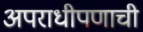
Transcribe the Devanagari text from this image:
अपराधीपणाची